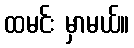
ထမင်း မှာမယ်။